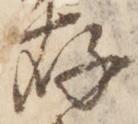
存